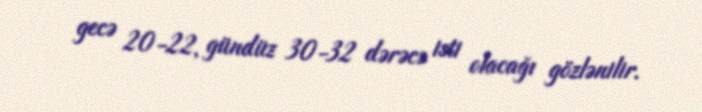
gecə 20-22, gündüz 30-32 dərəcə isti olacağı gözlənilir.